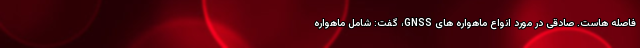
فاصله هاست. صادقی در مورد انواع ماهواره های GNSS، گفت: شامل ماهواره